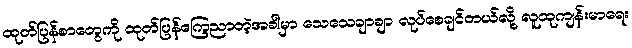
ထုတ်ပြန်စာတွေကို ထုတ်ပြန်ကြေညာတဲ့အခါမှာ သေသေချာချာ လုပ်စေချင်တယ်လို့ လူထုကျန်းမာရေး